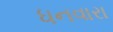
ધનવારા